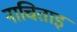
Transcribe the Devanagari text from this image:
नाचिताइ